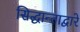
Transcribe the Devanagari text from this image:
सिद्धान्ताद्वारे